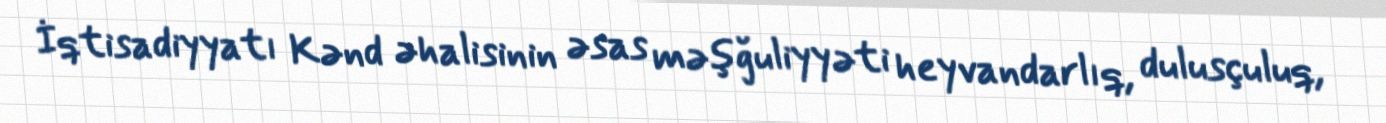
İqtisadiyyatı Kənd əhalisinin əsas məşğuliyyəti heyvandarlıq, dulusçuluq,